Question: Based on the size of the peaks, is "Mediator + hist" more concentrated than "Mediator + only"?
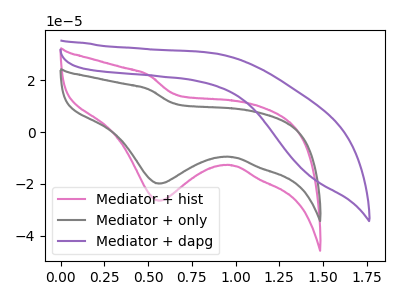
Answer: <think>The pink curve "Mediator + hist" has a cathodic peak at: (0.55V, -26.45uA). The gray curve "Mediator + only" has a cathodic peak at: (0.55V, -19.85uA). The purple curve "Mediator + dapg" has no peaks.
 All the peaks in "Mediator + only" have a peak in "Mediator + hist" at the same potential. Every peak in "Mediator + only" is lower than every peak in "Mediator + hist".</think>
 <answer>"Mediator + only" has less signal than "Mediator + hist" and so likely has a lower concentration.</answer>
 <eval>less_concentration</eval>